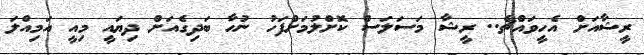
ރީޝާއަށް އެހީވައްޗެ.. ރީޝާ މަސަލަސް ކޮށްލުމަށްފަހު ނުހާ ބަދިގެއަށް ދިޔައީ މިއީ އަމިއްލަ